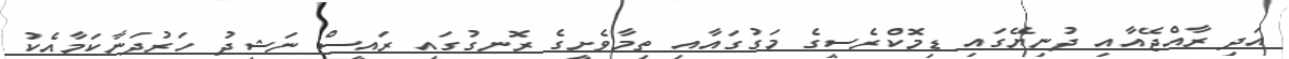
އަދި ރާއްޖޭއާއި ދުނިޔޭގައި ޑިމޮކްރެސީގެ މަގުގައާއި ތިމާވެށީގެ ރޮނގުގައި ރައީސް ނަޝީދު ހަރުދަނާކަމާއެކު